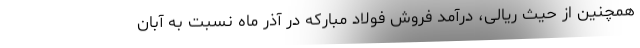
همچنین از حیث ریالی، درآمد فروش فولاد مبارکه در آذر ماه نسبت به آبان